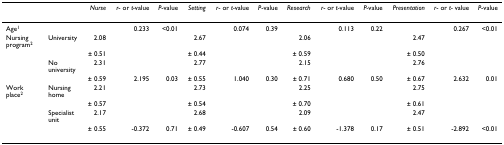
<table><thead><tr><td></td><td></td><td><b><i>Nurse</i></b></td><td><b><i>r</i>- or <i>t-</i>value</b></td><td><b><i>P</i>-value</b></td><td><b><i>Setting</i></b></td><td><b><i>r</i>- or <i>t-</i>value</b></td><td><b><i>P</i>-value</b></td><td><b><i>Research</i></b></td><td><b><i>r</i>- or <i>t-</i>value</b></td><td><b><i>P-</i>value</b></td><td><b><i>Presentation</i></b></td><td><b><i>r</i>- or <i>t- </i>value</b></td><td><b><i>P</i>-value</b></td></tr></thead><tbody><tr><td>Age<sup>1</sup></td><td></td><td></td><td>0.233</td><td>&lt;0.01</td><td></td><td>0.074</td><td>0.39</td><td></td><td>0.113</td><td>0.22</td><td></td><td>0.267</td><td>&lt;0.01</td></tr><tr><td>Nursing program<sup>2</sup></td><td>University</td><td>2.08</td><td></td><td></td><td>2.67</td><td></td><td></td><td>2.06</td><td></td><td></td><td>2.47</td><td></td><td></td></tr><tr><td></td><td></td><td>± 0.51</td><td></td><td></td><td>± 0.44</td><td></td><td></td><td>± 0.59</td><td></td><td></td><td>± 0.50</td><td></td><td></td></tr><tr><td></td><td>No university</td><td>2.31</td><td></td><td></td><td>2.77</td><td></td><td></td><td>2.15</td><td></td><td></td><td>2.76</td><td></td><td></td></tr><tr><td></td><td></td><td>± 0.59</td><td>2.195</td><td>0.03</td><td>± 0.55</td><td>1.040</td><td>0.30</td><td>± 0.71</td><td>0.680</td><td>0.50</td><td>± 0.67</td><td>2.632</td><td>0.01</td></tr><tr><td>Work place<sup>2</sup></td><td>Nursing home</td><td>2.21</td><td></td><td></td><td>2.73</td><td></td><td></td><td>2.25</td><td></td><td></td><td>2.75</td><td></td><td></td></tr><tr><td></td><td></td><td>± 0.57</td><td></td><td></td><td>± 0.54</td><td></td><td></td><td>± 0.70</td><td></td><td></td><td>± 0.61</td><td></td><td></td></tr><tr><td></td><td>Specialist unit</td><td>2.17</td><td></td><td></td><td>2.68</td><td></td><td></td><td>2.09</td><td></td><td></td><td>2.47</td><td></td><td></td></tr><tr><td></td><td></td><td>± 0.55</td><td>-0.372</td><td>0.71</td><td>± 0.49</td><td>-0.607</td><td>0.54</td><td>± 0.60</td><td>-1.378</td><td>0.17</td><td>± 0.51</td><td>-2.892</td><td>&lt;0.01</td></tr></tbody></table>